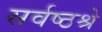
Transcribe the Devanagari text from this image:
सर्वष्ठश्रे